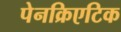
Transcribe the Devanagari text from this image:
पेनक्रिएटिक